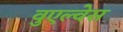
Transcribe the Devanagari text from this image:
वुएल्वेस